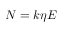
N = k \eta E